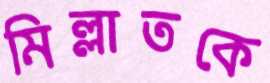
মিল্লাতকে